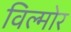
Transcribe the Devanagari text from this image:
विल्मोर